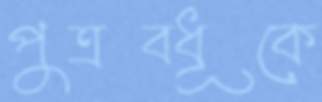
পুত্রবধূকে